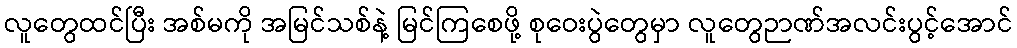
လူတွေထင်ပြီး အစ်မကို အမြင်သစ်နဲ့ မြင်ကြစေဖို့ စုဝေးပွဲတွေမှာ လူတွေဉာဏ်အလင်းပွင့်အောင်